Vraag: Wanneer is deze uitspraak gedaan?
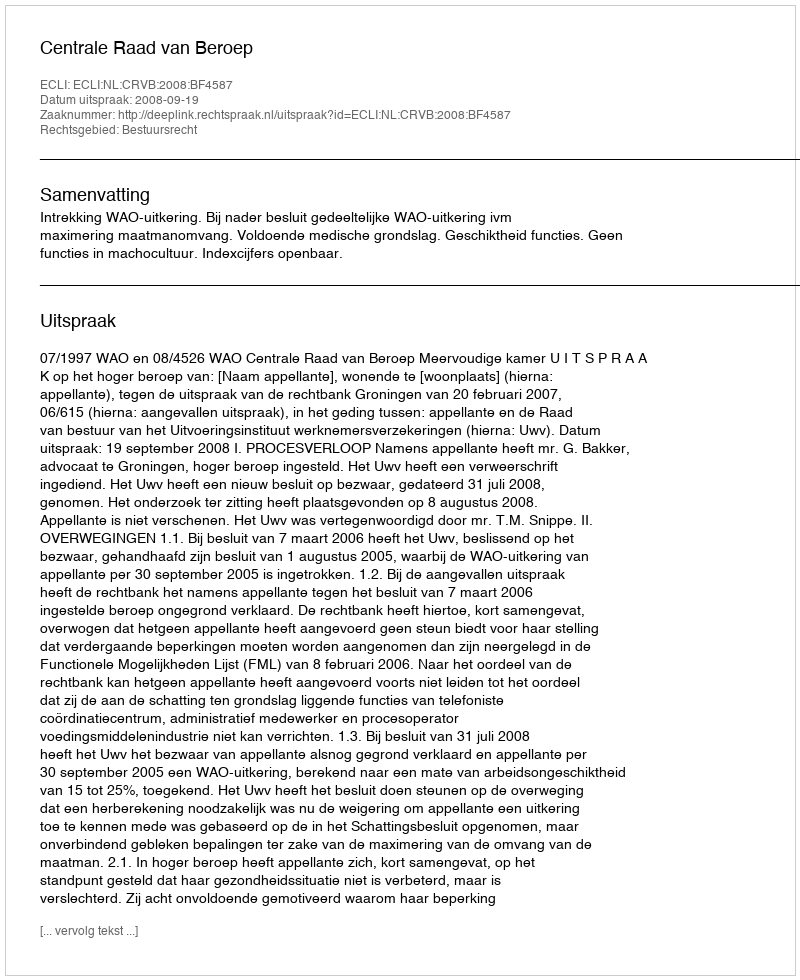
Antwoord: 2008-09-19